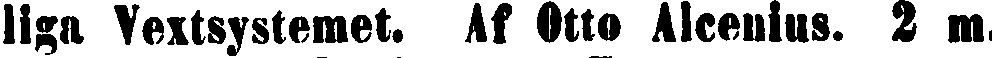
liga Vextsystemet. Af Otto Alcenius. 2 m.